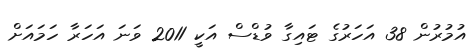
އުމުރުން 38 އަހަރުގެ ޓައިގާ ވުޑްސް އަކީ 2011 ވަނަ އަހަރާ ހަމައަށް